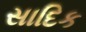
સાદિક